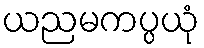
ယညမကပ္ပယုံ